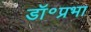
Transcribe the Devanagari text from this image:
डॉ॰प्रभा